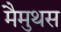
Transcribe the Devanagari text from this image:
मैमुथस